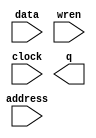

module ram32x64 (
	data,
	address,
	wren,
	clock,
	q);	

	input	[63:0]	data;
	input	[4:0]	address;
	input		wren;
	input		clock;
	output	[63:0]	q;
endmodule